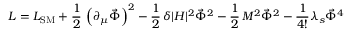
{ \cal L } = { \cal L } _ { \mathrm { S M } } + \frac { 1 } { 2 } \, \left( \partial _ { \mu } \vec { \Phi } \right) ^ { 2 } - \frac { 1 } { 2 } \, \delta | H | ^ { 2 } \vec { \Phi } ^ { 2 } - \frac { 1 } { 2 } \, M ^ { 2 } \vec { \Phi } ^ { 2 } - \frac { 1 } { 4 ! } \lambda _ { s } \vec { \Phi } ^ { 4 }